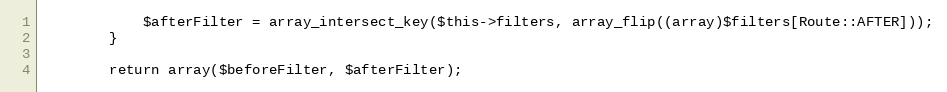
Language: PHP
            $afterFilter = array_intersect_key($this->filters, array_flip((array)$filters[Route::AFTER]));
        }

        return array($beforeFilter, $afterFilter);